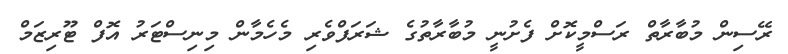
ރޭސިން މުބާރާތް ރަސްމީކޮށް ފެށުނީ މުބާރާތުގެ ޝަރަފްވެރި މެހެމާން މިނިސްޓަރު އޮފް ޓޫރިޒަމް